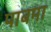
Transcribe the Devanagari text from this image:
पाबमा